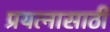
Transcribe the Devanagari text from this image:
प्रयत्‍नासाठी